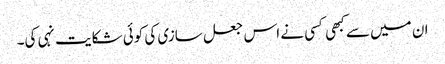
ان میں سے کبھی کسی نے اس جعل سازی کی کوئی شکایت نہی کی۔